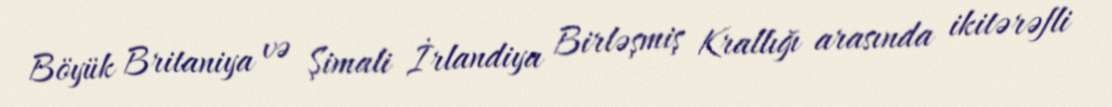
Böyük Britaniya və Şimali İrlandiya Birləşmiş Krallığı arasında ikitərəfli